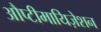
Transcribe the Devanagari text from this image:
औप्टीमायिज़ेशन